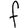
Character: F